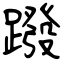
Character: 蹳